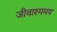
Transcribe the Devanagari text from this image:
जीवाश्ममय